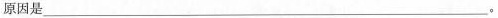
原因是___。